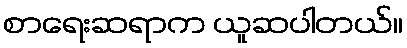
စာရေးဆရာက ယူဆပါတယ်။